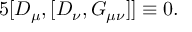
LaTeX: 5 [ D _ { \mu } , [ D _ { \nu } , G _ { \mu \nu } ] ] \equiv 0 .